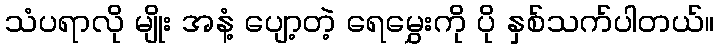
သံပရာလို မျိုး အနံ့ ပျော့တဲ့ ရေမွှေးကို ပို နှစ်သက်ပါတယ်။